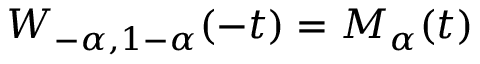
W _ { - \alpha , 1 - \alpha } ( - t ) = M _ { \alpha } ( t )